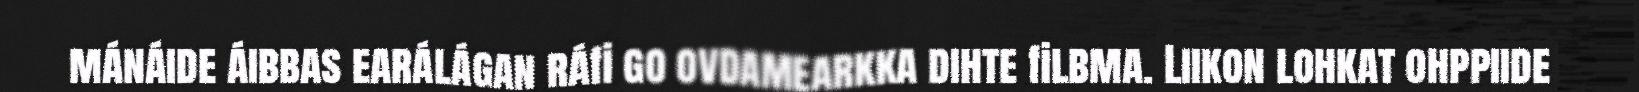
mánáide áibbas earálágan ráfi go ovdamearkka dihte filbma. Liikon lohkat ohppiide